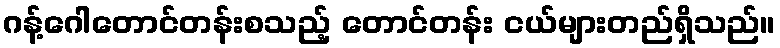
ဂန့်ဂေါတောင်တန်းစသည့် တောင်တန်း ငယ်များတည်ရှိသည်။